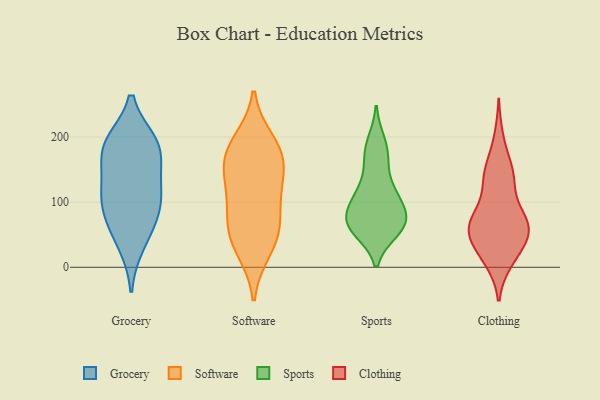
{"axis": {"x": "Tickets Resolved", "y": "Value"}, "legend": ["Clothing", "Grocery", "Software", "Sports"], "data": [{"x": "", "y": 36, "type": "Grocery"}, {"x": "", "y": 118, "type": "Grocery"}, {"x": "", "y": 177, "type": "Grocery"}, {"x": "", "y": 106, "type": "Grocery"}, {"x": "", "y": 81, "type": "Grocery"}, {"x": "", "y": 188, "type": "Grocery"}, {"x": "", "y": 69, "type": "Grocery"}, {"x": "", "y": 190, "type": "Grocery"}, {"x": "", "y": 124, "type": "Grocery"}, {"x": "", "y": 181, "type": "Grocery"}, {"x": "", "y": 80, "type": "Software"}, {"x": "", "y": 191, "type": "Software"}, {"x": "", "y": 53, "type": "Software"}, {"x": "", "y": 28, "type": "Software"}, {"x": "", "y": 124, "type": "Software"}, {"x": "", "y": 171, "type": "Software"}, {"x": "", "y": 169, "type": "Software"}, {"x": "", "y": 164, "type": "Software"}, {"x": "", "y": 50, "type": "Software"}, {"x": "", "y": 113, "type": "Software"}, {"x": "", "y": 191, "type": "Sports"}, {"x": "", "y": 115, "type": "Sports"}, {"x": "", "y": 177, "type": "Sports"}, {"x": "", "y": 65, "type": "Sports"}, {"x": "", "y": 112, "type": "Sports"}, {"x": "", "y": 70, "type": "Sports"}, {"x": "", "y": 91, "type": "Sports"}, {"x": "", "y": 161, "type": "Sports"}, {"x": "", "y": 67, "type": "Sports"}, {"x": "", "y": 64, "type": "Sports"}, {"x": "", "y": 58, "type": "Sports"}, {"x": "", "y": 69, "type": "Sports"}, {"x": "", "y": 110, "type": "Sports"}, {"x": "", "y": 149, "type": "Clothing"}, {"x": "", "y": 71, "type": "Clothing"}, {"x": "", "y": 20, "type": "Clothing"}, {"x": "", "y": 58, "type": "Clothing"}, {"x": "", "y": 63, "type": "Clothing"}, {"x": "", "y": 84, "type": "Clothing"}, {"x": "", "y": 198, "type": "Clothing"}, {"x": "", "y": 49, "type": "Clothing"}, {"x": "", "y": 38, "type": "Clothing"}, {"x": "", "y": 10, "type": "Clothing"}, {"x": "", "y": 130, "type": "Clothing"}, {"x": "", "y": 52, "type": "Clothing"}, {"x": "", "y": 11, "type": "Clothing"}, {"x": "", "y": 134, "type": "Clothing"}, {"x": "", "y": 64, "type": "Clothing"}, {"x": "", "y": 74, "type": "Clothing"}, {"x": "", "y": 78, "type": "Clothing"}, {"x": "", "y": 154, "type": "Clothing"}, {"x": "", "y": 136, "type": "Clothing"}, {"x": "", "y": 44, "type": "Clothing"}]}